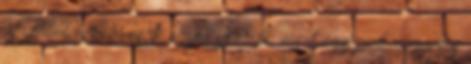
igazából nekem csak egyet sikerült, mert egy picit ragacsos